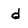
Character: d